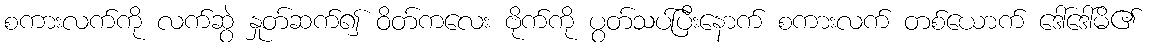
စကားလက်ကို လက်ဆွဲ နှုတ်ဆက်၍ ဝိတ်ကလေး ဗိုက်ကို ပွတ်သပ်ပြီးနောက် စကားလက် တစ်ယောက် ဒေါ်ဒေါ်မိ၏